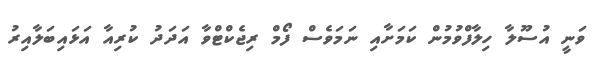
ވަނީ އުސޫލާ ހިލާފްވުމުން ކަމަށާއި ނަމަވެސް ފޯމް ރިޖެކްޓްވާ އަދަދު ކުރިއާ އަޅައިބަލާއިރު